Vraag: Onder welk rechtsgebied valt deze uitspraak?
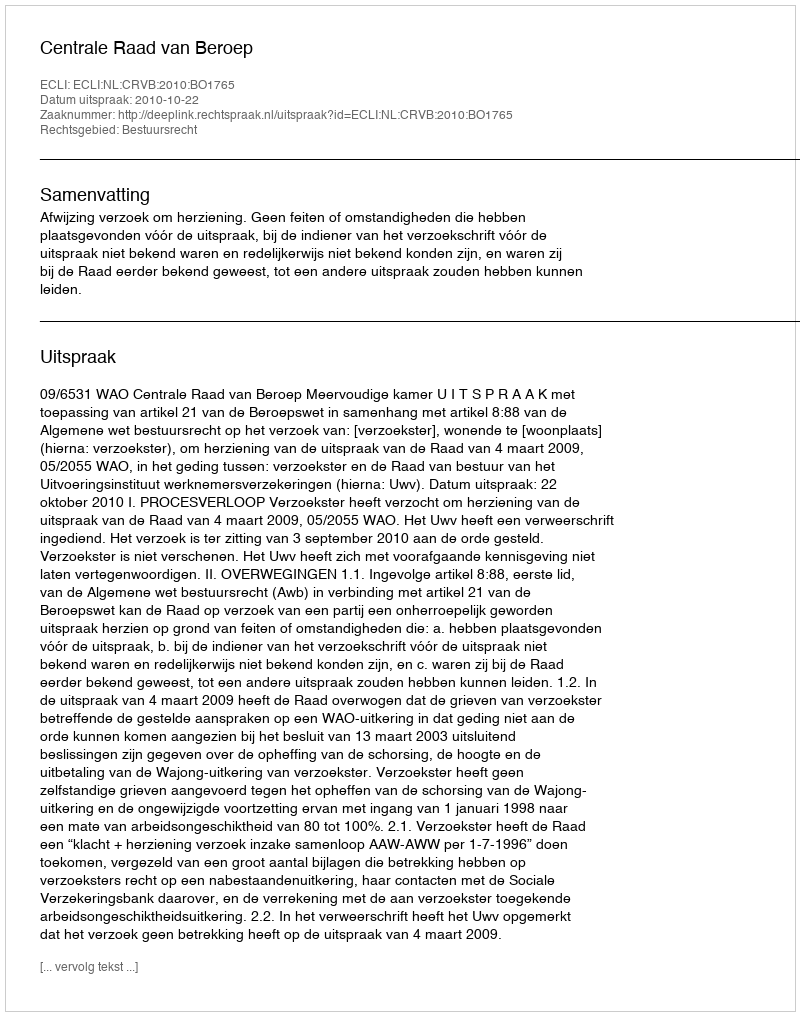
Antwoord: Bestuursrecht